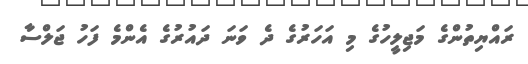
ރައްޔިތުންގެ މަޖިލީހުގެ މި އަހަރުގެ ދެ ވަނަ ދައުރުގެ އެންމެ ފަހު ޖަލްސާ